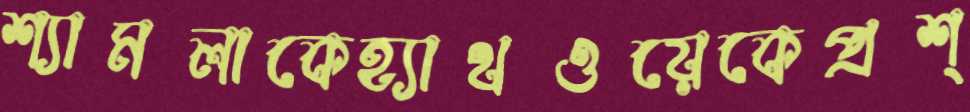
শ্যামলাকেহ্যাথওয়েকেপ্রশ্